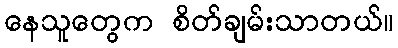
နေသူတွေက စိတ်ချမ်းသာတယ်။